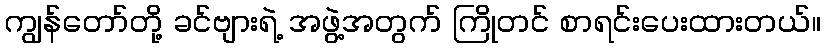
ကျွန်တော်တို့ ခင်ဗျားရဲ့ အဖွဲ့အတွက် ကြိုတင် စာရင်းပေးထားတယ်။